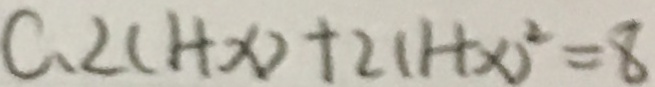
C . 2 ( 1 + x ) + 2 ( 1 + x ) ^ { 2 } = 8